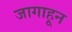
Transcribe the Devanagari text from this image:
जागाहून